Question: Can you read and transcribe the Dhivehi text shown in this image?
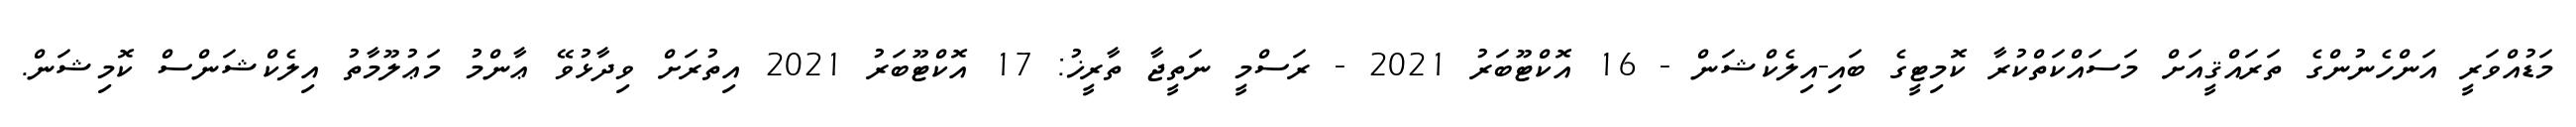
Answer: މަޑުއްވަރީ އަންހެނުންގެ ތަރައްޤީއަށް މަސައްކަތްކުރާ ކޮމިޓީގެ ބައި-އިލެކްޝަން - 16 އޮކްޓޫބަރު 2021 - ރަސްމީ ނަތީޖާ ތާރީޚު: 17 އޮކްޓޫބަރު 2021 އިތުރަށް ވިދާޅުވޭ ޢާންމު މަޢުލޫމާތު އިލެކްޝަންސް ކޮމިޝަން.